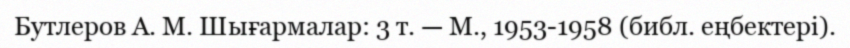
Бутлеров А. М. Шығармалар: 3 т. — М., 1953-1958 (библ. еңбектері).